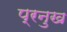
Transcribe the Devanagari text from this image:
प्रनुख